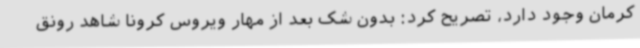
کرمان وجود دارد، تصریح کرد: بدون شک بعد از مهار ویروس کرونا شاهد رونق